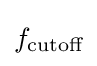
f_{\text{cutoff}}